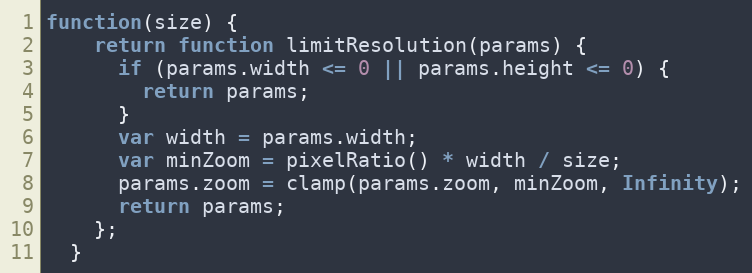
Language: JavaScript
function(size) {
    return function limitResolution(params) {
      if (params.width <= 0 || params.height <= 0) {
        return params;
      }
      var width = params.width;
      var minZoom = pixelRatio() * width / size;
      params.zoom = clamp(params.zoom, minZoom, Infinity);
      return params;
    };
  }